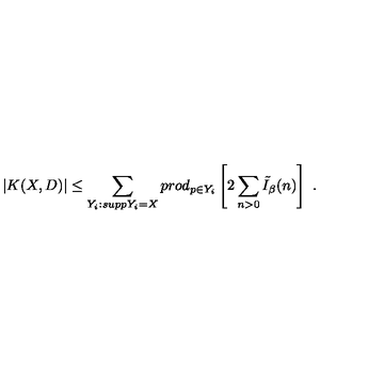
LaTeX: \left. | K ( X , D ) | \leq \sum _ { Y _ { i } : s u p p Y _ { i } = X } p r o d _ { p \in Y _ { i } } \left[ 2 \sum _ { n > 0 } \tilde { I } _ { \beta } ( n ) \right] \ . \right.